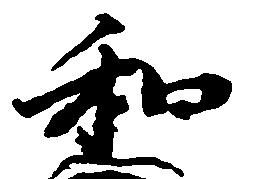
和